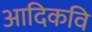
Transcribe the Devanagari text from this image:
अादिकवि